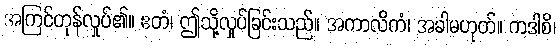
အကြင်တုန်လှုပ်၏။ ဧတံ၊ ဤသို့လှုပ်ခြင်းသည်။ အကာလိကံ၊ အခါမဟုတ်။ ကဒါစိ၊